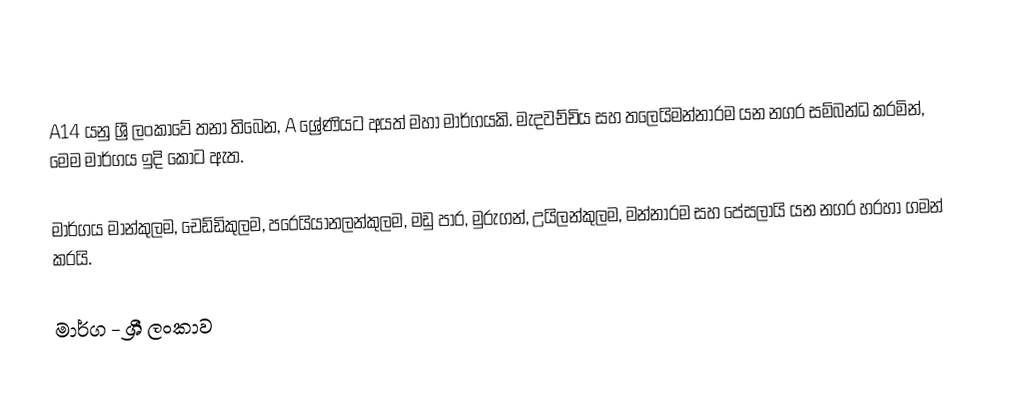
A14 යනු ශ්‍රී ලංකාවේ තනා තිබෙන, A ශ්‍රේණියට අයත් මහා මාර්ගයකි. මැදවච්චිය සහ තලෙයිමන්නාරම යන නගර සම්බන්ධ කරමින්, මෙම මාර්ගය ඉදි කොට ඇත.

මාර්ගය මාන්කුලම, චෙඩ්ඩිකුලම, පරෙයියානලන්කුලම, මඩු පාර, මුරුගන්, උයිලන්කුලම, මන්නාරම සහ පේසලායි යන නගර හරහා ගමන් කරයි.

මාර්ග - ශ්‍රී ලංකාව